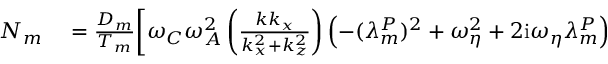
\begin{array} { r l } { N _ { m } } & { { } = \frac { D _ { m } } { T _ { m } } \bigg [ \omega _ { C } \omega _ { A } ^ { 2 } \left( \frac { k k _ { x } } { k _ { x } ^ { 2 } + k _ { z } ^ { 2 } } \right) \left( - ( \lambda _ { m } ^ { P } ) ^ { 2 } + \omega _ { \eta } ^ { 2 } + 2 \mathrm { i } \omega _ { \eta } \lambda _ { m } ^ { P } \right) } \end{array}